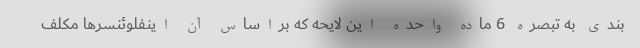
بندی به تبصره 6 ماده واحده این لایحه که براساس آن اینفلوئنسرها مکلف